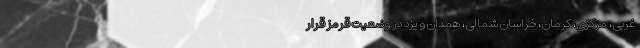
غربی، مرکزی، کرمان، خراسان شمالی، همدان و یزد در وضعیت قرمز قرار